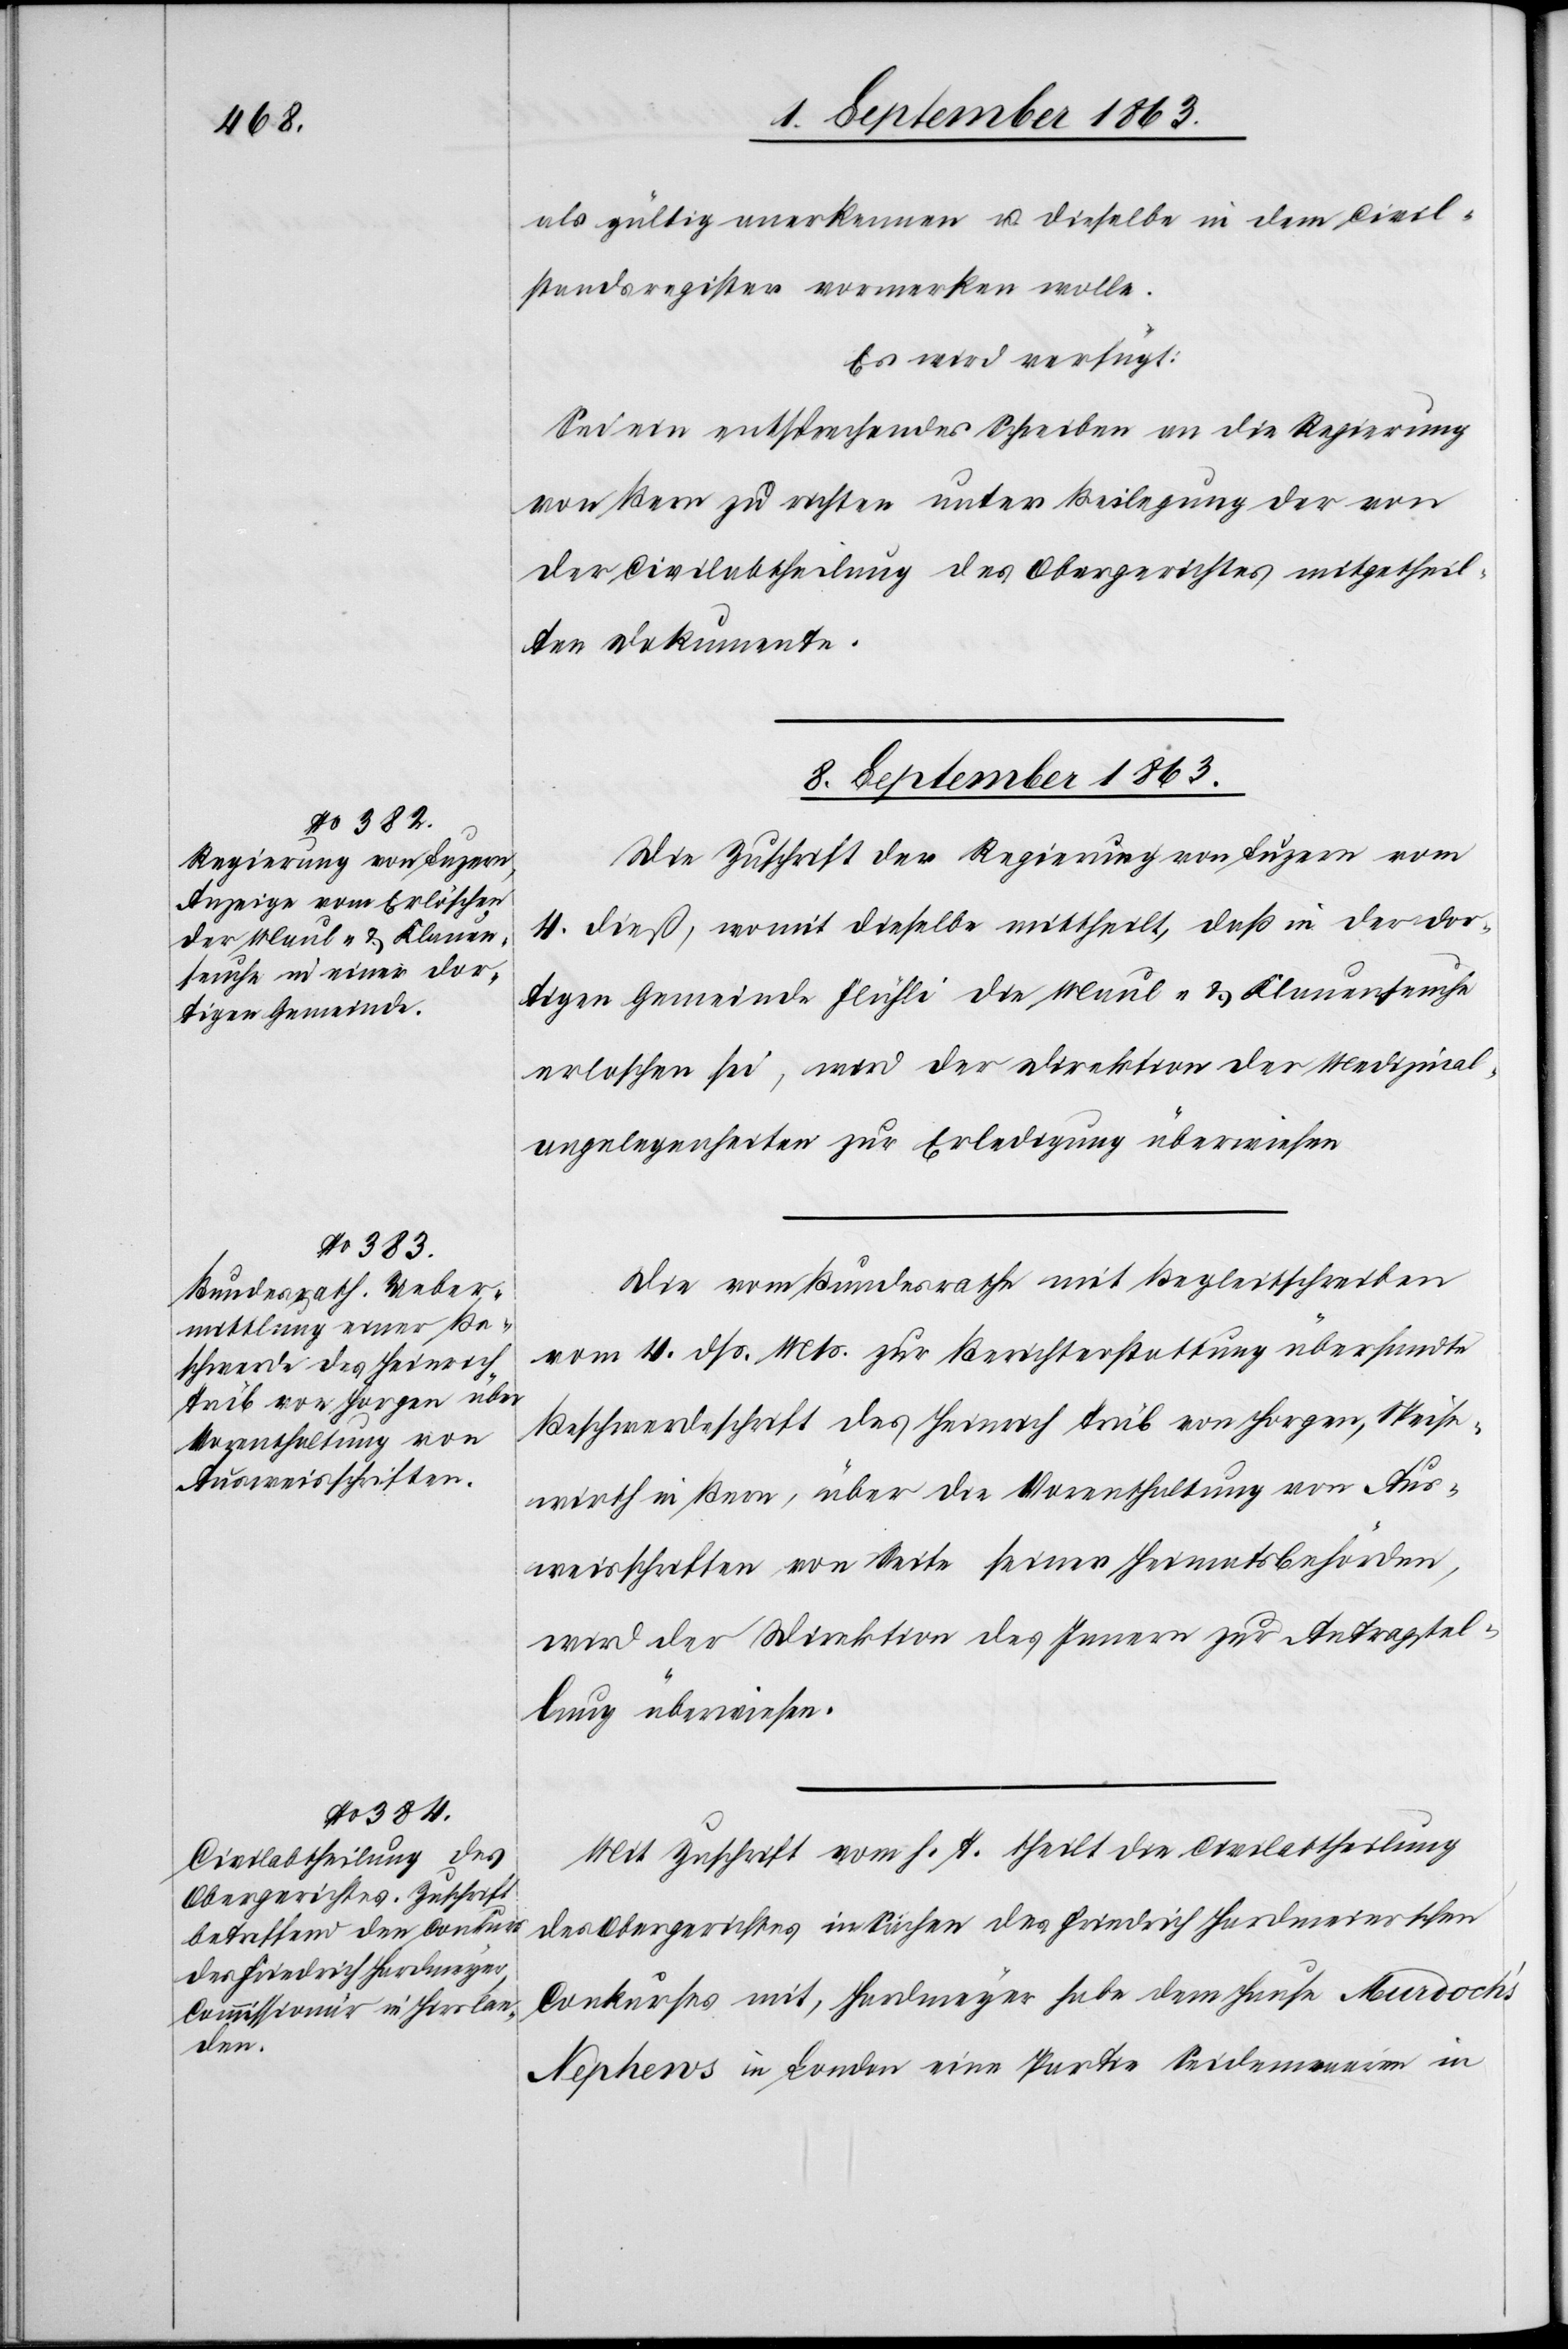
8. September 1863.]
als gültig anerkennen u. dieselbe in dem Civil¬
standsregister vormerken wolle.
Es wird verfügt:
Sei ein entsprechendes Schreiben an die Regierung
von Bern zu richten unter Beilegung der von
der Civilabtheilung des Obergerichtes mitgetheil¬
ten Dokumente.
8. September 1863.
Die Zuschrift der Regierung von Luzern vom
4. dieß, womit dieselbe mittheilt, daß in der dor¬
tigen Gemeinde Flühli die Maul- & Klauenseuche
erloschen sei, wird der Direktion der Medizinal¬
angelegenheiten zur Erledigung überwiesen.
Die vom Bundesrathe mit Begleitschreiben
vom 4. dß. Mts. zur Berichterstattung übersandte
Beschwerdeschrift des Heinrich Trüb von Horgen, Speise¬
wirth in Bern, über die Vorenthaltung von Aus¬
weisschriften von Seite seiner Heimatsbehörden,
wird der Direktion des Innern zur Antragstel¬
lung überwiesen.
Mit Zuschrift vom h. T. theilt die Civilabtheilung
des Obergerichtes in Sachen des Friedrich Hardmeierschen
Conkurses mit, Hardmeyer habe dem Hause Murdoch's
Nephews in London eine Partie Seidenwaaren in